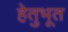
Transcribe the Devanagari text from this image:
हेतुभूत